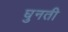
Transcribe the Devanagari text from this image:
घुनती